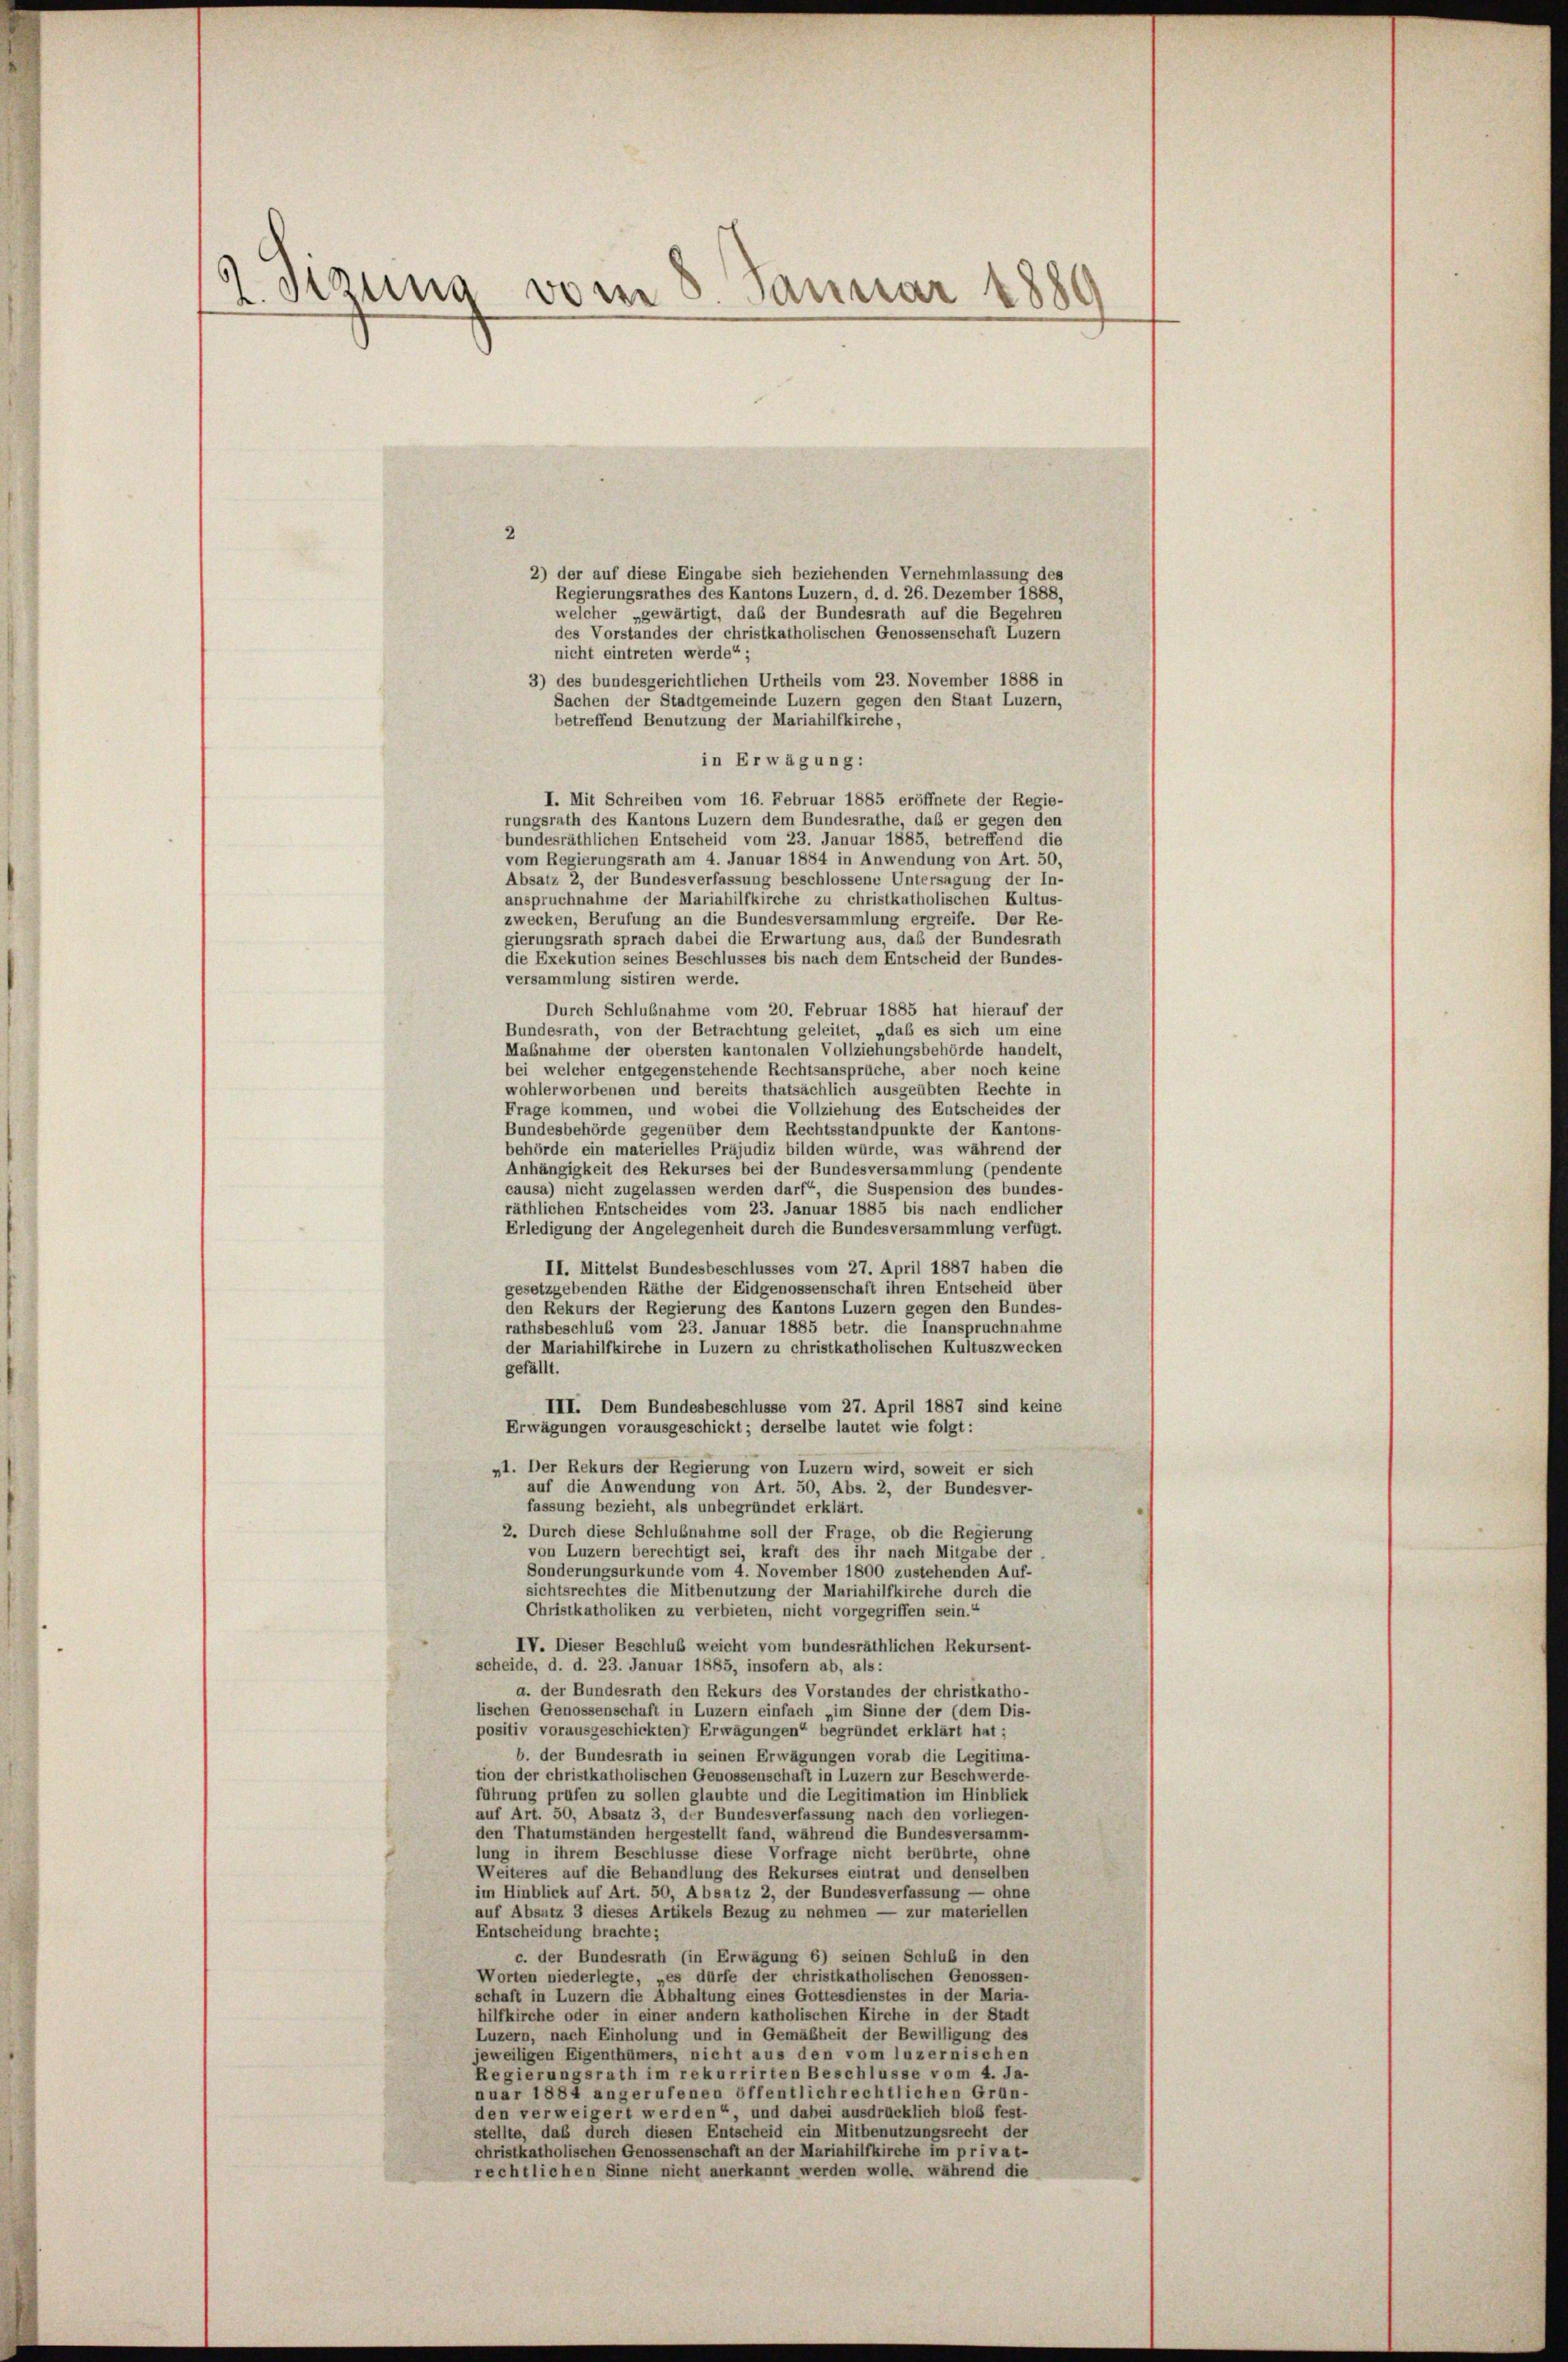
2. Sizung vom 8 Januar 1889

2
2) der auf diese Eingabe sich beziehenden Vernehmlassung des
Regierungsrathes des Kantons Luzern, d. d. 26. Dezember 1888,
welcher „gewärtigt, daß der Bundesrath auf die Begehren
des Vorstandes der christkatholischen Genossenschaft Luzern
nicht eintreten werde“ ;
3) des bundesgerichtlichen Urtheils vom 23. November 1888 in
Sachen der Stadtgemeinde Luzern gegen den Staat Luzern,
betreffend Benutzung der Mariahilfkirche,
in Erwägung:
I. Mit Schreiben vom 16. Februar 1885 eröffnete der Regie-
rungsrath des Kantons Luzern dem Bundesrathe, daß er gegen den
bundesräthlichen Entscheid vom 23. Januar 1885, betreffend die
vom Regierungsrath am 4. Januar 1884 in Anwendung von Art. 50,
Absatz 2, der Bundesverfassung beschlossene Untersagung der In-
anspruchnahme der Mariahilfkirche zu christkatholischen Kultus-
zwecken, Berufung an die Bundesversammlung ergreife. Der Re-
gierungsrath sprach dabei die Erwartung aus, daß der Bundesrath
die Exekution seines Beschlusses bis nach dem Entscheid der Bundes-
versammlung sistiren werde.
Durch Schlußnahme vom 20. Februar 1885 hat hierauf der
Bundesrath, von der Betrachtung geleitet, „daß es sich um eine
Mabnahme der obersten kantonalen Vollziehungsbehörde handelt,
bei welcher entgegenstehende Rechtsansprüche, aber noch keine
wohlerworbenen und bereits thatsächlich ausgeübten Rechte in
Frage kommen, und wobei die Vollziehung des Entscheides der
Bundesbehörde gegenüber dem Rechtsstandpunkte der Kantons-
behörde ein materielles Präjudiz bilden würde, was während der
Anhängigkeit des Rekurses bei der Bundesversammlung (pendente
causa) nicht zugelassen werden darf, die Suspension des bundes-
räthlichen Entscheides vom 23. Januar 1885 bis nach endlicher
Erledigung der Angelegenheit durch die Bundesversammlung verfügt.
II. Mittelst Bundesbeschlusses vom 27. April 1887 haben die
gesetzgebenden Räthe der Eidgenossenschaft ihren Entscheid über
den Rekurs der Regierung des Kantons Luzern gegen den Bundes-
rathsbeschluß vom 23. Januar 1885 betr. die Inanspruchnahme
der Mariahilfkirche in Luzern zu christkatholischen Kultuszwecken
gefällt.
III. Dem Bundesbeschlüsse vom 27. April 1887 sind keine
Erwägungen vorausgeschickt; derselbe lautet wie folgt:
„1. Der Rekurs der Regierung von Luzern wird, soweit er sich
auf die Anwendung von Art. 50, Abs. 2, der Bundesver-
fassung bezieht, als unbegründet erklärt.
2. Durch diese Schlußnahme soll der Frage, ob die Regierung
von Luzern berechtigt sei, kraft des ihr nach Mitgabe der
Sonderungsurkunde vom 4. November 1800 zustehenden Auf-
sichtsrechtes die Mitbenutzung der Mariahilfkirche durch die
Christkatholiken zu verbieten, nicht vorgegriffen sein.“
IV. Dieser Beschluß weicht vom bundesräthlichen Rekursent-
scheide, d. d. 23. Januar 1885, insofern ab, als:
a. der Bundesrath den Rekurs des Vorstandes der christkatho-
lischen Genossenschaft in Luzern einfach „im Sinne der (dem Dis-
positiv vorausgeschickten) Erwägungen“ begründet erklärt hat;
b. der Bundesrath in seinen Erwägungen vorab die Legitima-
tion der christkatholischen Genossenschaft in Luzern zur Beschwerde-
führung prüfen zu sollen glaubte und die Legitimation im Hinblick
auf Art. 50, Absatz 3, der Bundesverfassung nach den vorliegen-
den Thatumständen hergestellt fand, während die Bundesversamm-
lung in ihrem Beschlüsse diese Vorfrage nicht berührte, ohne
Weiteres auf die Behandlung des Rekurses eintrat und denselben
im Hinblick auf Art. 50, Absatz 2, der Bundesverfassung — ohne
auf Absutz 3 dieses Artikels Bezug zu nehmen — zur materiellen
Entscheidung brachte;
c. der Bundesrath (in Erwägung 6) seinen Schluß in den
Worten niederlegte, „es dürfe der christkatholischen Genossen-
schaft in Luzern die Abhaltung eines Gottesdienstes in der Maria-
hilfkirche oder in einer andern katholischen Kirche in der Stadt
Luzern, nach Einholung und in Gemäßheit der Bewilligung des
jeweiligen Eigenthümers, nicht aus den vom luzernischen
Regierungsrath im rekurrirten Beschlusse vom 4. Ja-
nuar 1884 angerufenen öffentlichrechtlichen Grün-
den verweigert werden“, und dabei ausdrücklich bloß fest-
stellte, daß durch diesen Entscheid ein Mitbenutzungsrecht der
christkatholischen Genossenschaft an der Mariahilfkirche im privat-
rechtlichen Sinne nicht anerkannt werden wolle, während die